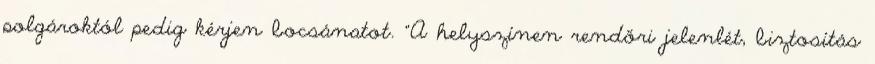
polgároktól pedig kérjen bocsánatot. "A helyszínen rendőri jelenlét, biztosítás